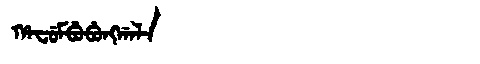
Manchu: ᡥᠠᠸᡠᠮᠪᡠᠪᡠᠩᡤᠠᠯᠠ
Romanization: HAFUMBUBUNGGALA